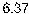
6.37